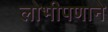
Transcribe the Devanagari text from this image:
लोभीपणाने